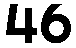
46